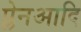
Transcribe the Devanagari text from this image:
प्लेनआदि